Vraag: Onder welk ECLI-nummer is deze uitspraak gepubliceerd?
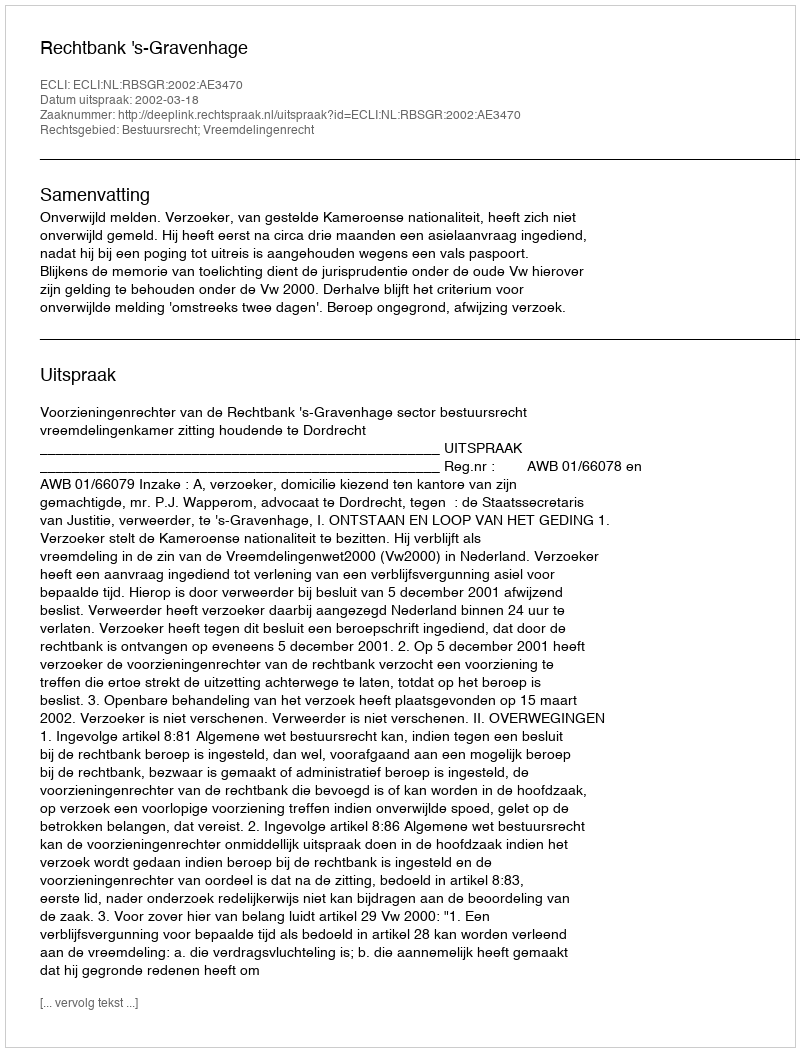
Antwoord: ECLI:NL:RBSGR:2002:AE3470